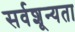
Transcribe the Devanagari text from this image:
सर्वशून्यता